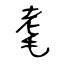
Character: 耄